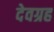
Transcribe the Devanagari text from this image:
देवग्रह